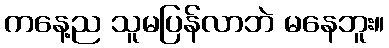
ကနေ့ည သူမပြန်လာဘဲ မနေဘူး။